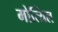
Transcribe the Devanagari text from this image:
मोत्यिल